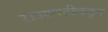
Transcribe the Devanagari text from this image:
राज्यवटीकडून